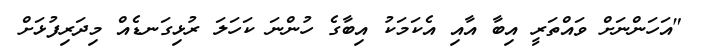
"އަހަންނަށް ވައްތަރީ އިބާ އާއި އެކަމަކު އިބާގެ ހުންނަ ކަހަލަ ރުޅިގަނޑެއް މިދަރިފުޅަށް